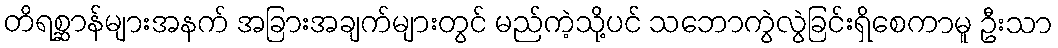
တိရစ္ဆာန်များအနက် အခြားအချက်များတွင် မည်ကဲ့သို့ပင် သဘောကွဲလွဲခြင်းရှိစေကာမူ ဦးသာ